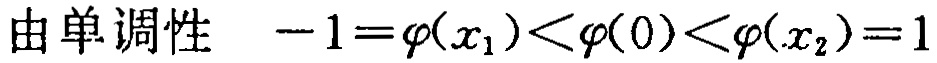
由单调性 \(-1 = \varphi(x_1) < \varphi(0) < \varphi(x_2) = 1\)